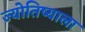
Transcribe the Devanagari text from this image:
ज्योतिष्याला